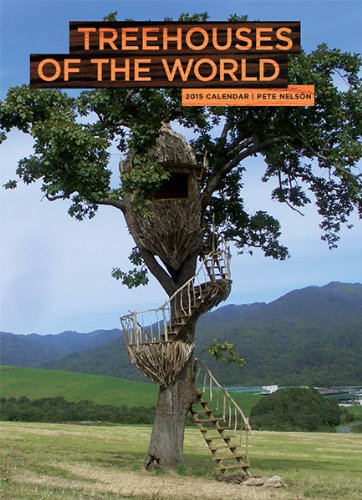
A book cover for Treehouses of the World 2015 Wall Calendar; Pete Nelson; Calendars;